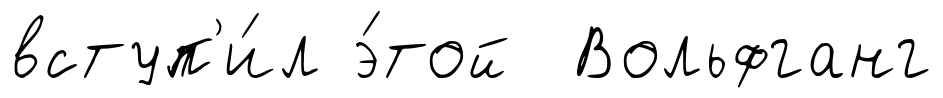
вступ'и́л э́той Вольфганг